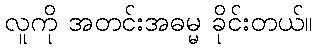
လူကို အတင်းအဓမ္မ ခိုင်းတယ်။